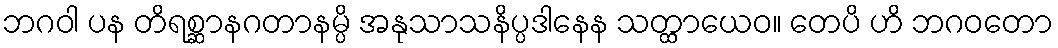
ဘဂဝါ ပန တိရစ္ဆာနဂတာနမ္ပိ အနုသာသနိပ္ပဒါနေန သတ္ထာယေဝ။ တေပိ ဟိ ဘဂဝတော